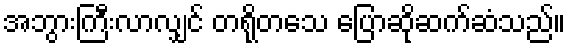
အဘွားကြီးလာလျှင် တရိုတသေ ပြောဆိုဆက်ဆံသည်။